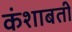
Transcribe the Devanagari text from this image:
कंशाबती